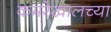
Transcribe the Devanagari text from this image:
कमरेखालच्या